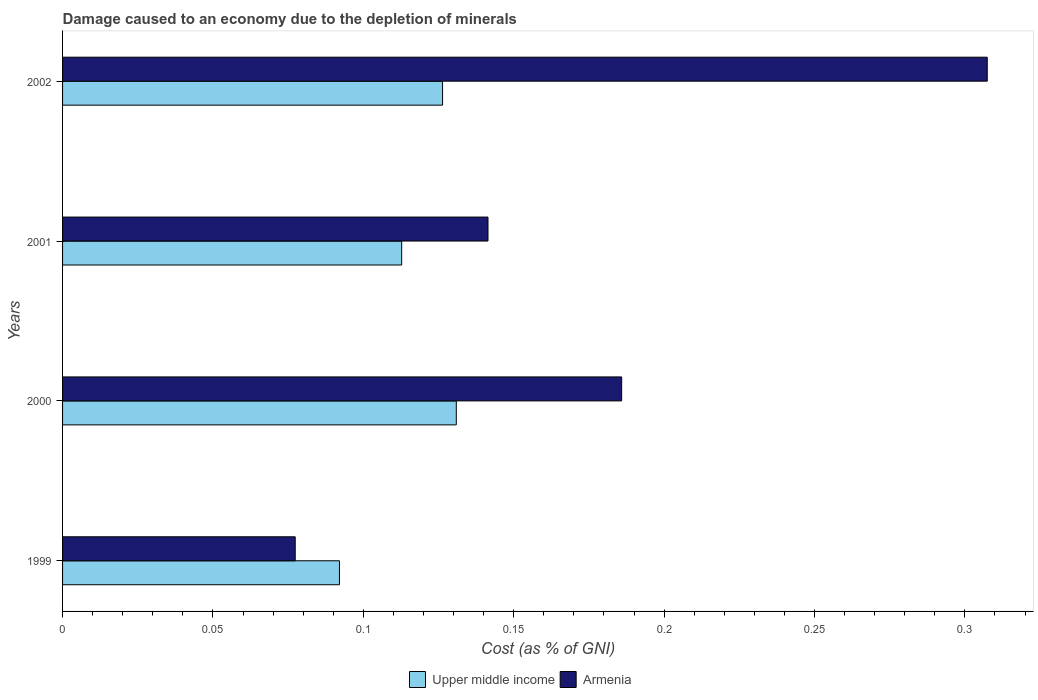
| Years | Upper middle income | Armenia |
 | --- | --- | --- |
 | 1999 | 0.0921 | 0.0774 |
 | 2000 | 0.131 | 0.186 |
 | 2001 | 0.113 | 0.141 |
 | 2002 | 0.126 | 0.307 |